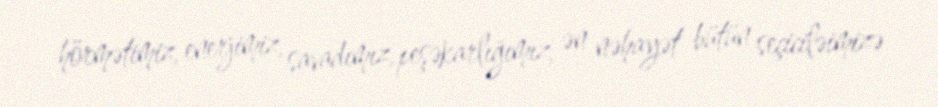
hörmətimiz, enerjimiz, savadımız, peşəkarlığımız, ən nəhayət bütün seçiciləimizə